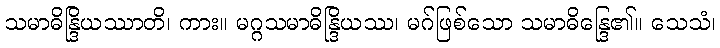
သမာဓိန္ဒြိယဿာတိ၊ ကား။ မဂ္ဂသမာဓိန္ဒြိယဿ၊ မဂ်ဖြစ်သော သမာဓိန္ဒြေ၏။ သေသံ၊